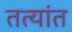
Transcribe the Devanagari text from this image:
तत्यांत